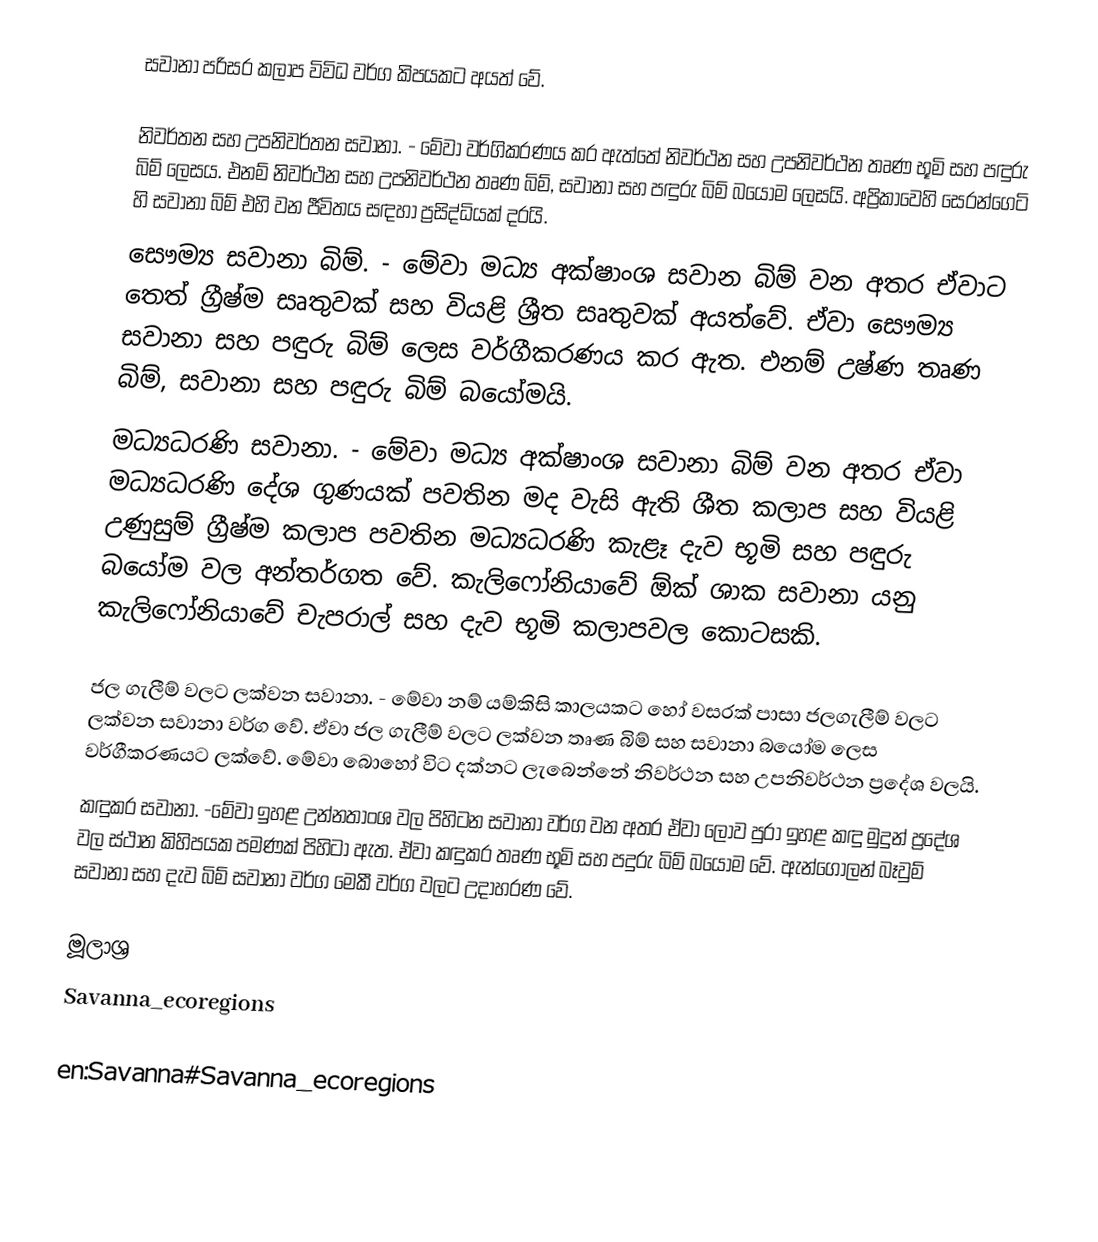
සවානා පරිසර කලාප විවිධ වර්ග කිපයකට අයත් වේ.

	නිවර්තන සහ උපනිවර්තන සවානා.  - මේවා වර්ගිකරණය කර ඇත්තේ නිවර්ථන සහ උපනිවර්ථන තෘණ භූමි සහ පඳුරු බිම් ලෙසය. එනම් නිවර්ථන සහ උපනිවර්ථන තෘණ බිම්, සවානා සහ පඳුරු බිම් බයෝම ලෙසයි. අප්‍රිකාවෙහි සෙරන්ගෙටි හි සවානා බිම් එහි වන ජීවිතය සඳහා ප්‍රසිද්ධියක් දරයි.
	සෞම්‍ය සවානා බිම්. - මේවා මධ්‍ය අක්ෂාංශ සවාන බිම් වන අතර ඒවාට තෙත් ග්‍රීෂ්ම සෘතුවක් සහ වියළි ශ්‍රීත සෘතුවක් අයත්වේ. ඒවා සෞම්‍ය  සවානා සහ පඳුරු බිම් ලෙස වර්ගීකරණය කර ඇත. එනම් උෂ්ණ තෘණ බිම්, සවානා සහ පඳුරු බිම් බයෝමයි.
	මධ්‍යධරණි සවානා. - මේවා මධ්‍ය අක්ෂාංශ සවානා බිම් වන අතර ඒවා මධ්‍යධරණි දේශ ගුණයක් පවතින මද වැසි ඇති ශීත කලාප සහ වියළි උණුසුම් ග්‍රීෂ්ම කලාප පවතින මධ්‍යධරණි කැළෑ දැව භූමි සහ පඳුරු බයෝම වල අන්තර්ගත වේ. කැලිෆෝනියාවේ ඕක් ශාක සවානා යනු කැලිෆෝනියාවේ චැපරාල් සහ දැව භූමි කලාපවල කොටසකි.

	ජල ගැලීම් වලට ලක්වන සවානා. - මේවා නම් යම්කිසි කාලයකට හෝ වසරක් පාසා ජලගැලීම් වලට ලක්වන සවානා වර්ග වේ. ඒවා ජල ගැලීම් වලට ලක්වන තෘණ බිම් සහ සවානා බයෝම ලෙස වර්ගීකරණයට ලක්වේ. මේවා බොහෝ විට දක්නට ලැබෙන්නේ නිවර්ථන සහ උපනිවර්ථන ප්‍රදේශ වලයි.
	කඳුකර සවානා. -මේවා ඉහළ උන්නතාංශ වල පිහිටන සවානා වර්ග වන අතර ඒවා ‍ලොව පුරා ඉහළ කඳු මුදුන් ප්‍රදේශ වල ස්ථාන කිහිපයක පමණක් පිහිටා ඇත. ඒවා කඳුකර තෘණ භූමි සහ පදුරු බිම් බයෝම වේ. ඇන්ගෝලන් බෑවුම් සවානා සහ දැව බිම් සවානා වර්ග මෙකී වර්ග වල‍ට උදාහරණ වේ.

මූලාශ්‍ර
Savanna_ecoregions

en:Savanna#Savanna_ecoregions